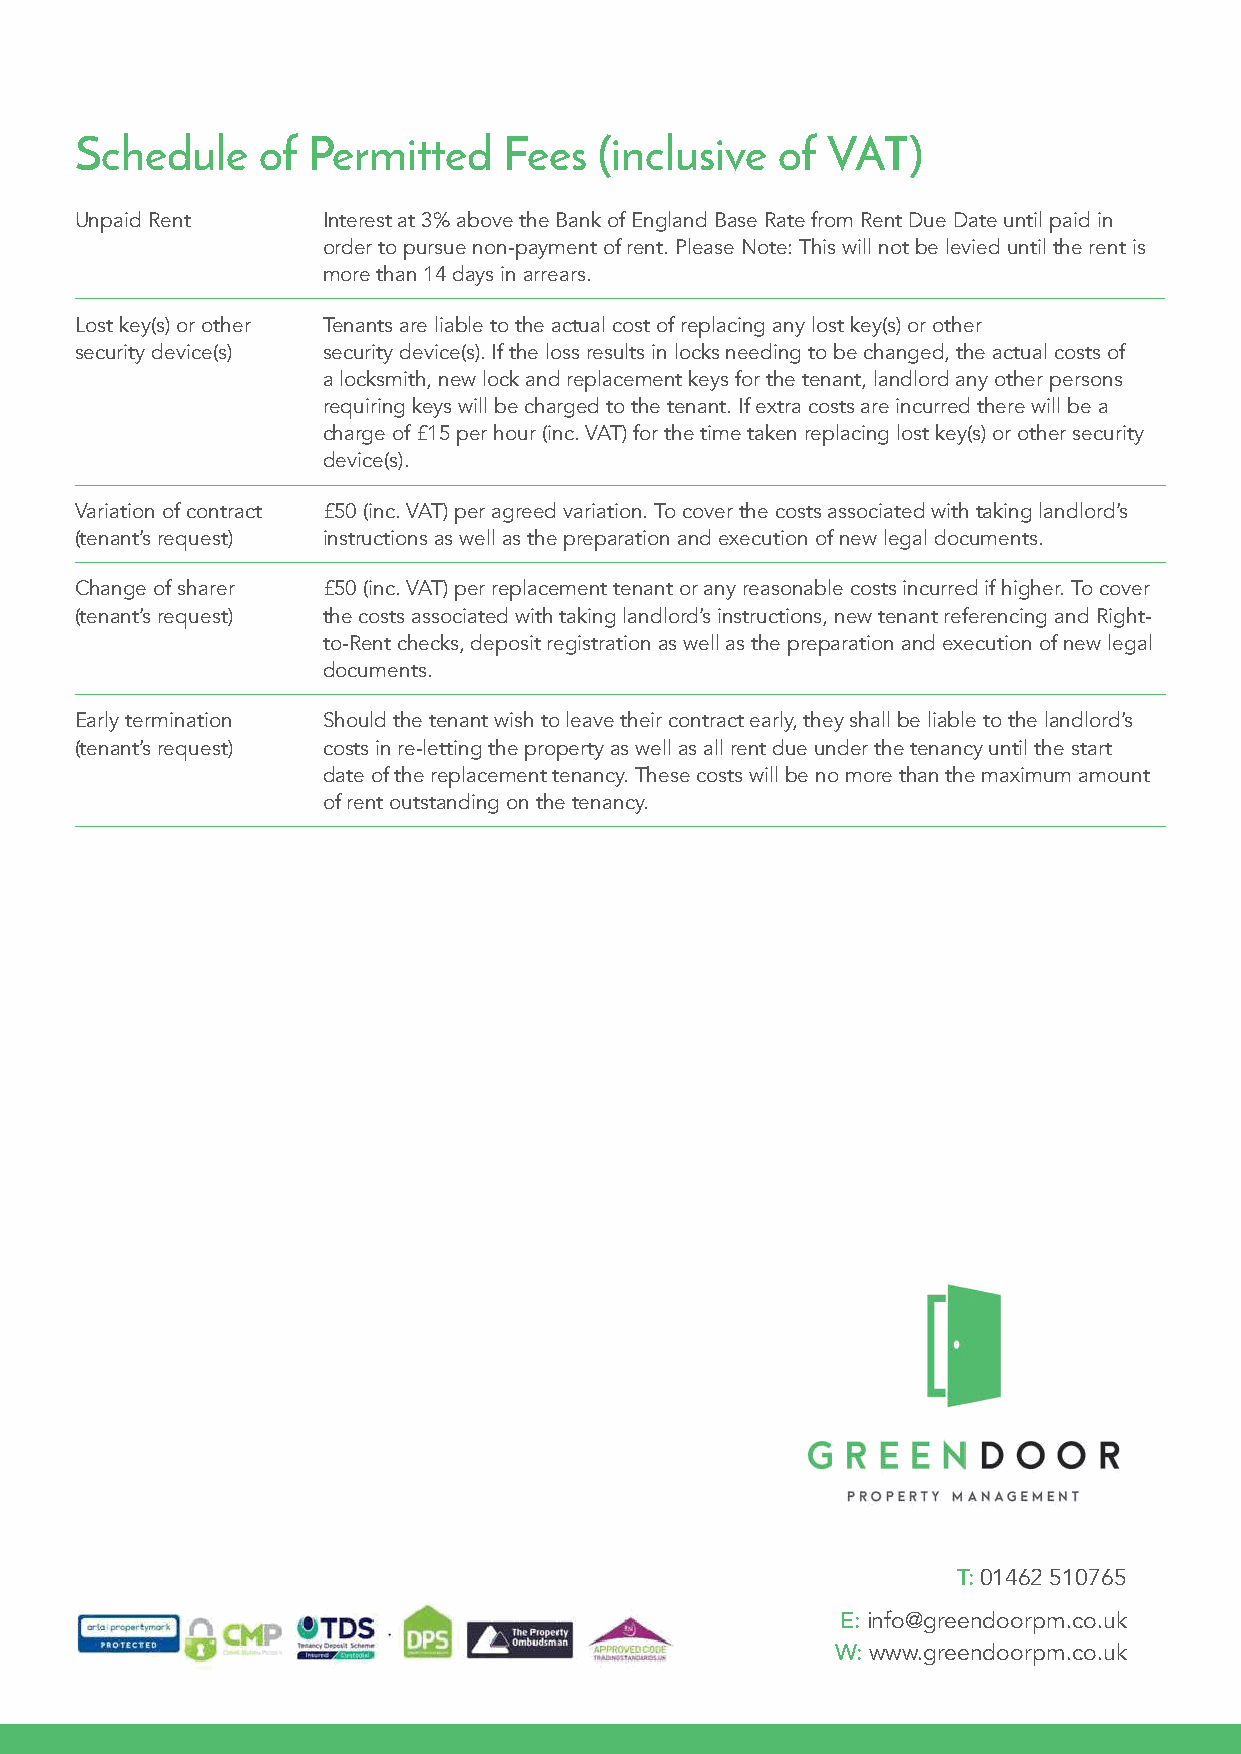
Schedule    of Permitted    Fees   (inclusive of  VAT)
 Unpaid Rent     Interest at 3% above the Bank of England Base Rate from Rent Due Date until paid in
 order to pursue non-payment of rent. Please Note: This will not be levied until the rent is
 more than 14 days in arrears.
 Lost key(s) or other Tenants are liable to the actual cost of replacing any lost key(s) or other
 security device(s) s ecurity device(s). If the loss results in locks needing to be changed, the actual costs of
 a locksmith, new lock and replacement keys for the tenant, landlord any other persons
 requiring keys will be charged to the tenant. If extra costs are incurred there will be a
 RReenntt CCoolllleeccttiioonn DDeeppoossiitt RReettuurrnnss charge of £15 per hour (inc. VAT) for the time taken replacing lost key(s) or other security
 device(s).
 Rent collection is included as part of our management
 If we are managing your property we will make check
 Variation of contract £50 (inc. VAT) per agreed variation. To cover the costs associated with taking landlord’s
 service. It is also a separate service we offer if landlords
 out arrangements with your tenant, we will also (tenant’s request) instructions as well as the preparation and execution of new legal documents.
 choose to manage their property themselves.
 negotiate the deposit return on your behalf. If an
 Change of sharer £50 (inc. VAT) per replacement tenant or any reasonable costs incurred if higher. To cover
 CCoolllleeccttiinngg tthhee RReennttaall
 agreement cannot be reached with your tenant we will
 (tenant’s request) the costs associated with taking landlord’s instructions, new tenant referencing and Right-
 submit a dispute to the deposit scheme who is holding to-Rent checks, deposit registration as well as the preparation and execution of new legal
 the deposit for you. If we do not manage your property documents.
 We ask tenants to set up a standing order for their
 but we hold your deposit in our deposit scheme
 rental payments and for them to ensure it is clear in our Early termination Should the tenant wish to leave their contract early, they shall be liable to the landlord’s
 account you will need to negotiate the deposit return (tenant’s request) costs in re-letting the property as well as all rent due under the tenancy until the start
 account by the rental due date. Once we receive the
 and once both you and your tenant are in agreement date of the replacement tenancy. These costs will be no more than the maximum amount
 rental we pay it to your account. We will provide you
 of rent outstanding on the tenancy.
 let us know and we can authorise the release of funds.
 with a rental statement showing the rental income less
 fees and any expenditure. All statements will be
 emailed to you for speed and convenience.
 PPrrooppeerrttyyffiillee
 Green Door provide an online document storing system
 called Propertyfile to landlords. This is a secure area
 where you can access documents relevant to your
 property and tenancy 24 hours a day, 7 days a week.
 T: 01462 510765
 E: info@greendoorpm.co.uk
 W: www.greendoorpm.co.uk
 10